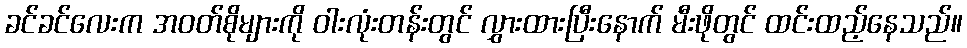
ခင်ခင်လေးက အဝတ်စိုများကို ဝါးလုံးတန်းတွင် လွှားထားပြီးနောက် မီးဖိုတွင် ထင်းထည့်နေသည်။